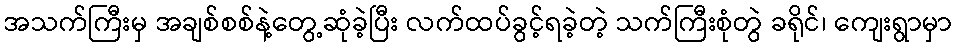
အသက်ကြီးမှ အချစ်စစ်နဲ့တွေ့ဆုံခဲ့ပြီး လက်ထပ်ခွင့်ရခဲ့တဲ့ သက်ကြီးစုံတွဲ ခရိုင်၊ ကျေးရွာမှာ